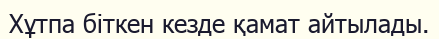
Хұтпа біткен кезде қамат айтылады.